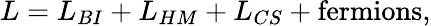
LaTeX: L=L_{BI}+L_{HM}+L_{CS}+\mathrm{fermions},